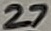
Text: 27